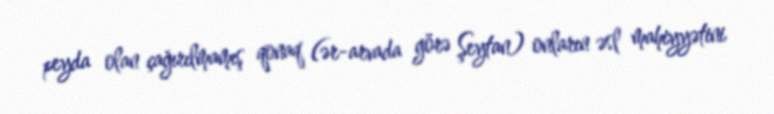
peyda olan çağırılmamış qonaq (ər-arvada görə Şeytan) onların əsl mahiyyətini